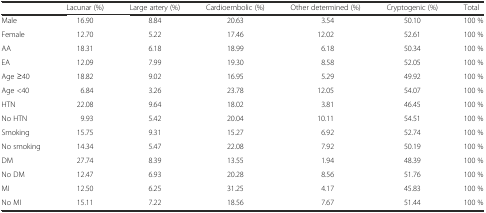
<table><thead><tr><td></td><td><b>Lacunar (%)</b></td><td><b>Large artery (%)</b></td><td><b>Cardioembolic (%)</b></td><td><b>Other determined (%)</b></td><td><b>Cryptogenic (%)</b></td><td><b>Total</b></td></tr></thead><tbody><tr><td>Male</td><td>16.90</td><td>8.84</td><td>20.63</td><td>3.54</td><td>50.10</td><td>100 %</td></tr><tr><td>Female</td><td>12.70</td><td>5.22</td><td>17.46</td><td>12.02</td><td>52.61</td><td>100 %</td></tr><tr><td>AA</td><td>18.31</td><td>6.18</td><td>18.99</td><td>6.18</td><td>50.34</td><td>100 %</td></tr><tr><td>EA</td><td>12.09</td><td>7.99</td><td>19.30</td><td>8.58</td><td>52.05</td><td>100 %</td></tr><tr><td>Age ≥40</td><td>18.82</td><td>9.02</td><td>16.95</td><td>5.29</td><td>49.92</td><td>100 %</td></tr><tr><td>Age &lt;40</td><td>6.84</td><td>3.26</td><td>23.78</td><td>12.05</td><td>54.07</td><td>100 %</td></tr><tr><td>HTN</td><td>22.08</td><td>9.64</td><td>18.02</td><td>3.81</td><td>46.45</td><td>100 %</td></tr><tr><td>No HTN</td><td>9.93</td><td>5.42</td><td>20.04</td><td>10.11</td><td>54.51</td><td>100 %</td></tr><tr><td>Smoking</td><td>15.75</td><td>9.31</td><td>15.27</td><td>6.92</td><td>52.74</td><td>100 %</td></tr><tr><td>No smoking</td><td>14.34</td><td>5.47</td><td>22.08</td><td>7.92</td><td>50.19</td><td>100 %</td></tr><tr><td>DM</td><td>27.74</td><td>8.39</td><td>13.55</td><td>1.94</td><td>48.39</td><td>100 %</td></tr><tr><td>No DM</td><td>12.47</td><td>6.93</td><td>20.28</td><td>8.56</td><td>51.76</td><td>100 %</td></tr><tr><td>MI</td><td>12.50</td><td>6.25</td><td>31.25</td><td>4.17</td><td>45.83</td><td>100 %</td></tr><tr><td>No MI</td><td>15.11</td><td>7.22</td><td>18.56</td><td>7.67</td><td>51.44</td><td>100 %</td></tr></tbody></table>